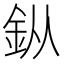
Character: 𨥎